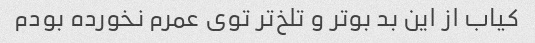
کیاب از این بد بو‌تر و تلخ‌تر توی عمرم نخورده بودم